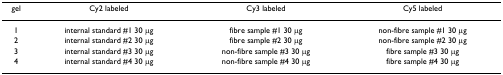
| gel | Cy2 labeled | Cy3 labeled | Cy5 labeled |
 | --- | --- | --- | --- |
 | 1 | internal standard #1 30 μg | fibre sample #1 30 μg | non-fibre sample #1 30 μg |
 | 2 | internal standard #2 30 μg | fibre sample #2 30 μg | non-fibre sample #2 30 μg |
 | 3 | internal standard #3 30 μg | non-fibre sample #3 30 μg | fibre sample #3 30 μg |
 | 4 | internal standard #4 30 μg | non-fibre sample #4 30 μg | fibre sample #4 30 μg |